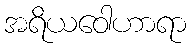
အရိယဝေါဟာရာ